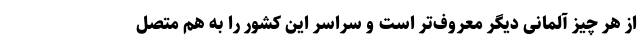
از هر چیز آلمانی دیگر معروف‌تر است و سراسر این کشور را به هم متصل